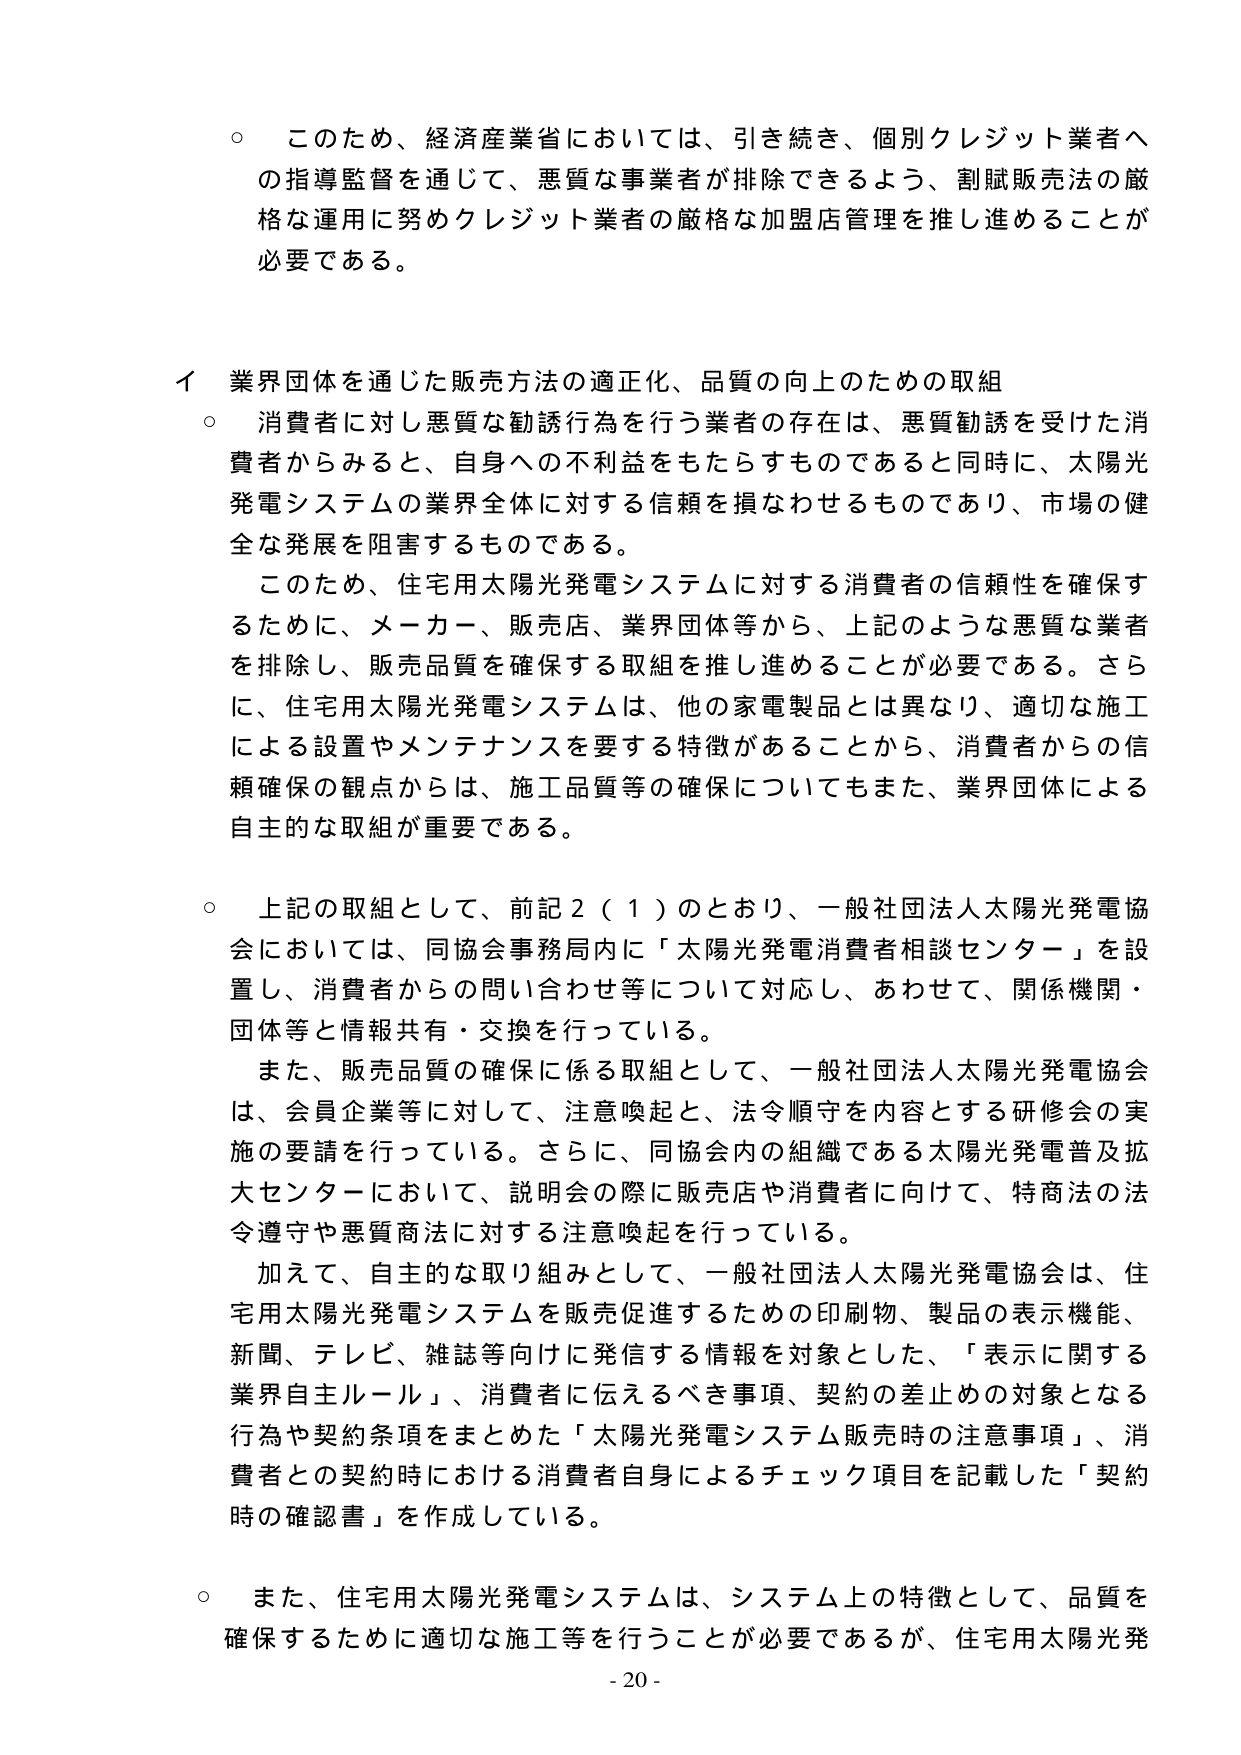
○ このため、経済産業省においては、引き続き、個別クレジット業者への指導監督を通じて、悪質な事業者が排除できるよう、割賦販売法の厳格な運用に努めクレジット業者の厳格な加盟店管理を推し進めることが必要である。

イ 業界団体を通じた販売方法の適正化、品質の向上のための取組
○ 消費者に対し悪質な勧誘行為を行う業者の存在は、悪質勧誘を受けた消費者からみると、自身への不利益をもたらすものであると同時に、太陽光発電システムの業界全体に対する信頼を損なわせるものであり、市場の健全な発展を阻害するものである。
　このため、住宅用太陽光発電システムに対する消費者の信頼性を確保するために、メーカー、販売店、業界団体等から、上記のような悪質な業者を排除し、販売品質を確保する取組を推し進めることが必要である。さらに、住宅用太陽光発電システムは、他の家電製品とは異なり、適切な施工による設置やメンテナンスを要する特徴があることから、消費者からの信頼確保の観点からは、施工品質等の確保についてもまた、業界団体による自主的な取組が重要である。

○ 上記の取組として、前記２（１）のとおり、一般社団法人太陽光発電協会においては、同協会事務局内に「太陽光発電消費者相談センター」を設置し、消費者からの問い合わせ等について対応し、あわせて、関係機関・団体等と情報共有・交換を行っている。
　また、販売品質の確保に係る取組として、一般社団法人太陽光発電協会は、会員企業等に対して、注意喚起と、法令順守を内容とする研修会の実施の要請を行っている。さらに、同協会内の組織である太陽光発電普及拡大センターにおいて、説明会の際に販売店や消費者に向けて、特商法の法令遵守や悪質商法に対する注意喚起を行っている。
　加えて、自主的な取り組みとして、一般社団法人太陽光発電協会は、住宅用太陽光発電システムを販売促進するための印刷物、製品の表示機能、新聞、テレビ、雑誌等向けに発信する情報を対象とした、「表示に関する業界自主ルール」、消費者に伝えるべき事項、契約の差止めの対象となる行為や契約条項をまとめた「太陽光発電システム販売時の注意事項」、消費者との契約時における消費者自身によるチェック項目を記載した「契約時の確認書」を作成している。

○ また、住宅用太陽光発電システムは、システム上の特徴として、品質を確保するために適切な施工等を行うことが必要であるが、住宅用太陽光発

- 20 -